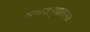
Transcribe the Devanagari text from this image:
समाजसुधारात्मक